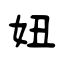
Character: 妞